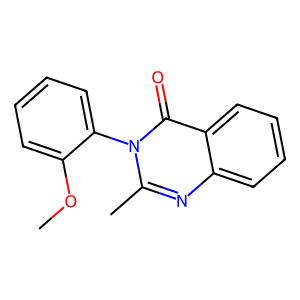
SMILES: COc1ccccc1-n1c(C)nc2ccccc2c1=O
Inhibits HIV replication: No